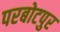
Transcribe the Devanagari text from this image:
परबोटपुर